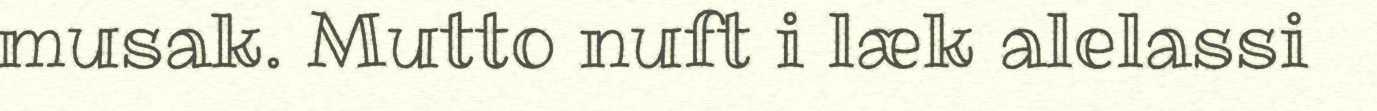
musak. Mutto nuft i læk alelassi